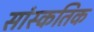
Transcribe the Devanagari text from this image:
सांस्कतिक